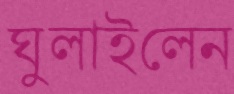
ঘুলাইলেন